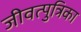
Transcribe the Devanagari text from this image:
जीवत्पुत्रिका